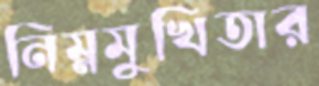
নিম্নমুখিতার